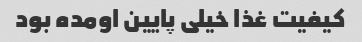
کیفیت غذا خیلی پایین اومده بود